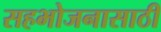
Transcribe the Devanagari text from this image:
सहभोजनासाठी